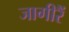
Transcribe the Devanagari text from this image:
जागीरैं